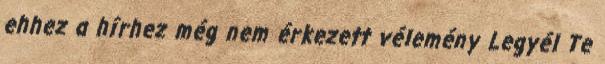
ehhez a hírhez még nem érkezett vélemény Legyél Te